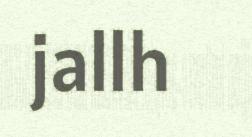
jallh